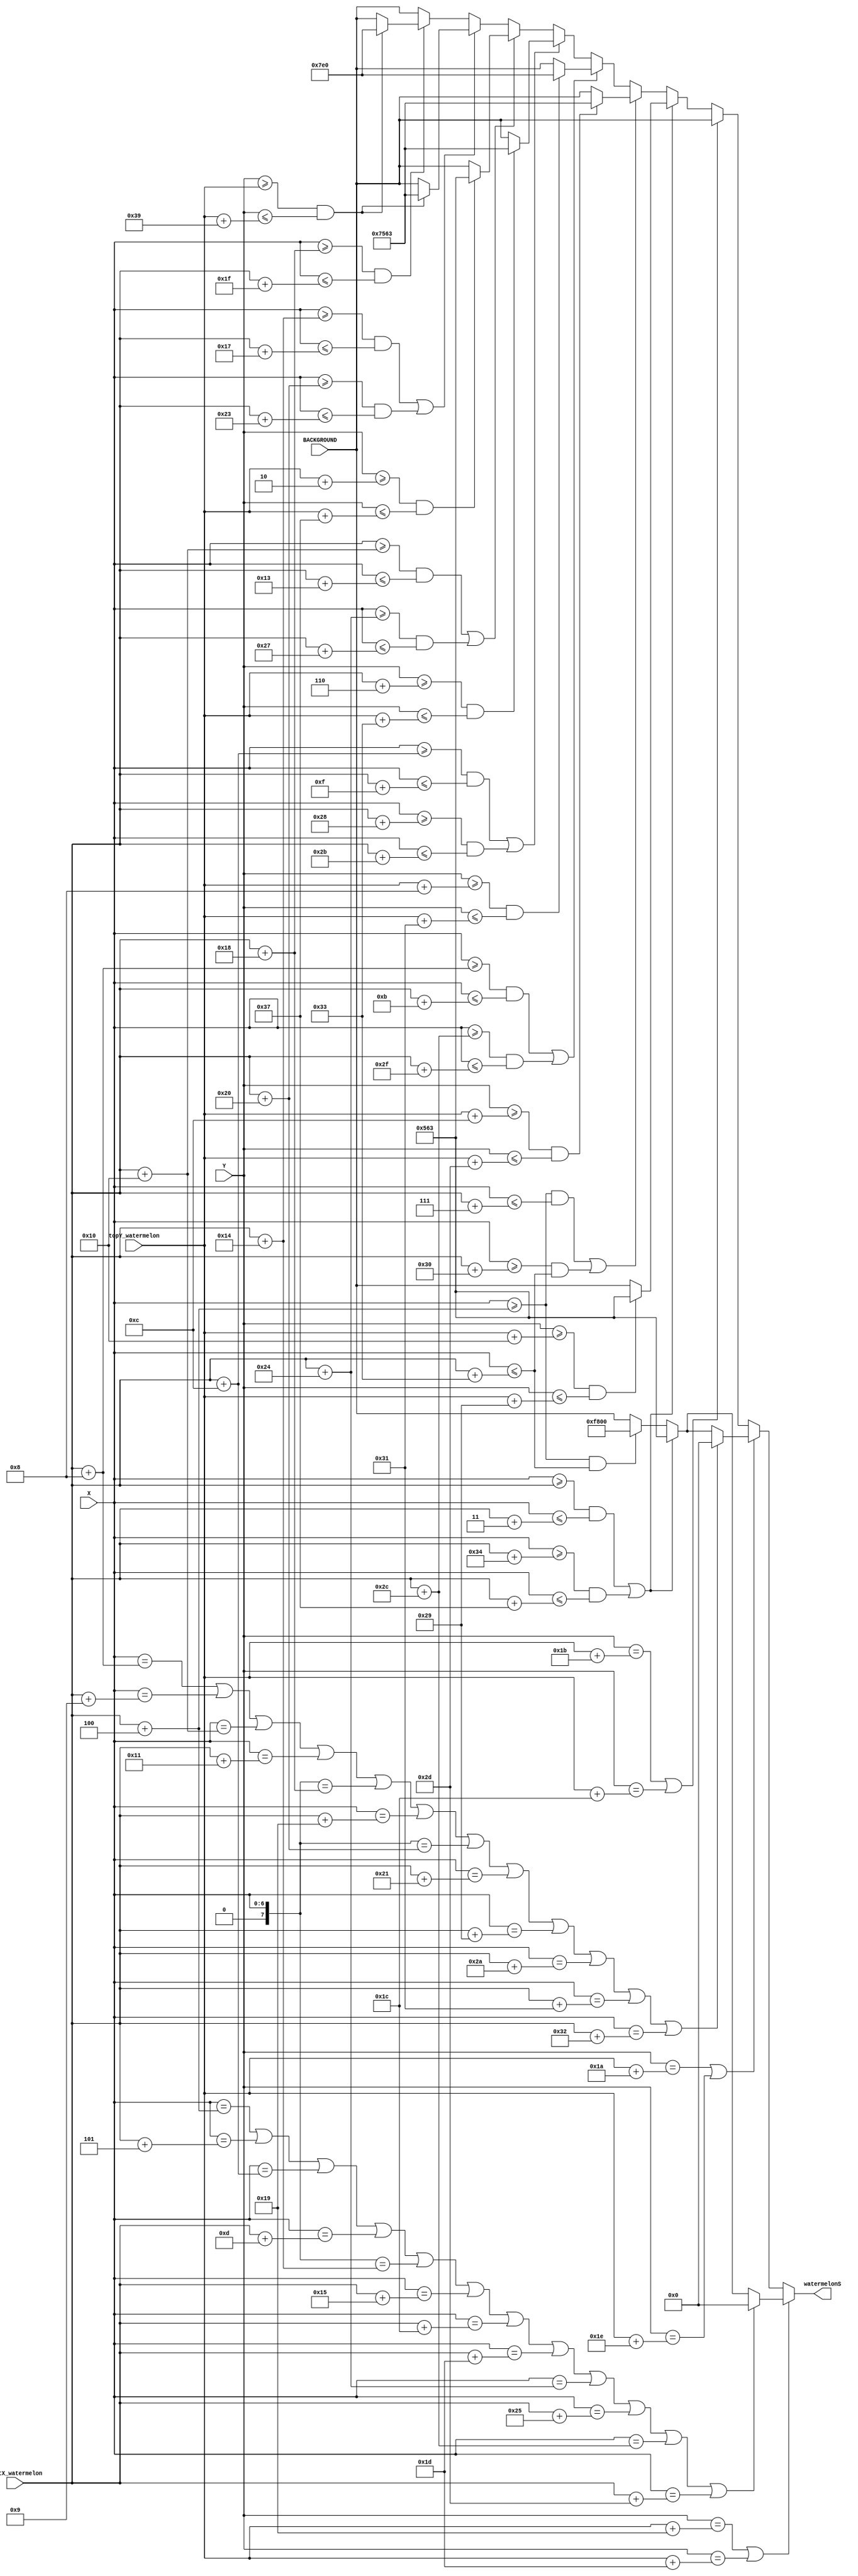
`timescale 1ns / 1ps
//////////////////////////////////////////////////////////////////////////////////
// Company: 
// Engineer: 
// 
// Design Name: 
// Module Name: watermelon_sliced
// Project Name: 
// Target Devices: 
// Tool Versions: 
// Description: 
// 
// Dependencies: 
// 
// Revision:
// Revision 0.01 - File Created
// Additional Comments:
// 
//////////////////////////////////////////////////////////////////////////////////


module watermelon_sliced(
    input [6:0] X,
    input [5:0] Y,
    input [6:0] leftX_watermelon,
    input [5:0] topY_watermelon,
    input [15:0] BACKGROUND,
    output reg [15:0]watermelonS = 16'd0
    );

    parameter [15:0]AVG_GREEN = 16'b00000_101011_00011;
    parameter [15:0]DARK_GREEN = 16'b01110_101011_00011;
    parameter [15:0]LIGHT_GREEN = 16'b00000_111111_00000; 
    parameter [15:0]BLACK = 16'b00000_000000_00000;
    parameter [15:0]RED = 16'b11111_000000_00000;
    
    always @ (X or Y)
    begin
        if ((Y == (topY_watermelon + 25)) || (Y == (topY_watermelon + 29)))
            begin
                if ((X == (leftX_watermelon + 4)) || (X == (leftX_watermelon + 5)) || (X == (leftX_watermelon + 12)) || (X == (leftX_watermelon + 13)) || (X == (leftX_watermelon + 20)) || (X == (leftX_watermelon + 21)) || (X == (leftX_watermelon + 28)) || (X == (leftX_watermelon + 29)) || (X == (leftX_watermelon + 36)) || (X == (leftX_watermelon + 37)) || (X == (leftX_watermelon + 44)) || (X == (leftX_watermelon + 45)))
                    watermelonS = BLACK;
                else if (((X >= leftX_watermelon) && (X <= (leftX_watermelon + 3))) || ((X >= (leftX_watermelon + 52)) && (X <= (leftX_watermelon + 55))))
                    watermelonS = AVG_GREEN;
                else if ((X >= (leftX_watermelon + 4)) && (X <= (leftX_watermelon + 51)))
                    watermelonS = RED;
                else
                    watermelonS = BACKGROUND;
            end
        else if ((Y == (topY_watermelon + 26)) || (Y == (topY_watermelon + 30)))
            begin
                if ((X == (leftX_watermelon + 8)) || (X == (leftX_watermelon + 9)) || (X == (leftX_watermelon + 16)) || (X == (leftX_watermelon + 17)) || (X == (leftX_watermelon + 24)) || (X == (leftX_watermelon + 25)) || (X == (leftX_watermelon + 32)) || (X == (leftX_watermelon + 33)) || (X == (leftX_watermelon + 41)) || (X == (leftX_watermelon + 42)) || (X == (leftX_watermelon + 49)) || (X == (leftX_watermelon + 50)))
                    watermelonS = BLACK;
                else if (((X >= leftX_watermelon) && (X <= (leftX_watermelon + 3))) || ((X >= (leftX_watermelon + 52)) && (X <= (leftX_watermelon + 55))))
                    watermelonS = AVG_GREEN;
                else if ((X >= (leftX_watermelon + 4)) && (X <= (leftX_watermelon + 51)))
                    watermelonS = RED;
                else
                    watermelonS = BACKGROUND;
            end
        else if ((Y == (topY_watermelon + 27)) || (Y == (topY_watermelon + 28)))
                watermelonS = BACKGROUND; 
        else if (((X >= leftX_watermelon) && (X <= (leftX_watermelon + 3))) || ((X >= (leftX_watermelon + 52)) && (X <= (leftX_watermelon + 55))))
            begin
            if ((Y >= (topY_watermelon + 16)) && (Y <= (topY_watermelon + 41)))
                watermelonS = AVG_GREEN;
            else
                watermelonS = BACKGROUND;
            end
            
        else if (((X >= (leftX_watermelon + 4)) && (X <= (leftX_watermelon + 7))) || ((X >= (leftX_watermelon + 48)) && (X <= (leftX_watermelon + 51))))
            begin
            if ((Y >= (topY_watermelon + 12)) && (Y <= (topY_watermelon + 45)))
                watermelonS = DARK_GREEN;
            else
                watermelonS = BACKGROUND;
            end
            
        else if (((X >= (leftX_watermelon + 8)) && (X <= (leftX_watermelon + 11))) || ((X >= (leftX_watermelon + 44)) && (X <= (leftX_watermelon + 47))))
                begin
                if ((Y >= (topY_watermelon + 8)) && (Y <= (topY_watermelon + 49)))
                    watermelonS = LIGHT_GREEN;
                else
                    watermelonS = BACKGROUND;
                end

        else if (((X >= (leftX_watermelon + 12)) && (X <= (leftX_watermelon + 15))) || ((X >= (leftX_watermelon + 40)) && (X <= (leftX_watermelon + 43))))
                begin
                if ((Y >= (topY_watermelon + 6)) && (Y <= (topY_watermelon + 51)))
                    watermelonS = DARK_GREEN;
                else
                    watermelonS = BACKGROUND;
                end

        else if (((X >= (leftX_watermelon + 16)) && (X <= (leftX_watermelon + 19))) || ((X >= (leftX_watermelon + 36)) && (X <= (leftX_watermelon + 39))))
                begin
                if ((Y >= (topY_watermelon + 2)) && (Y <= (topY_watermelon + 55)))
                    watermelonS = AVG_GREEN;
                else
                    watermelonS = BACKGROUND;
                end

        else if (((X >= (leftX_watermelon + 20)) && (X <= (leftX_watermelon + 23))) || ((X >= (leftX_watermelon + 32)) && (X <= (leftX_watermelon + 35))))
                begin
                if ((Y >= (topY_watermelon)) && (Y <= (topY_watermelon + 57)))
                    watermelonS = DARK_GREEN;
                else
                    watermelonS = BACKGROUND;
                end

        else if ((X >= (leftX_watermelon + 24)) && (X <= (leftX_watermelon + 31)))
                begin
                if ((Y >= (topY_watermelon)) && (Y <= (topY_watermelon + 57)))
                    watermelonS = LIGHT_GREEN;
                else
                    watermelonS = BACKGROUND;
                end
        
        else 
            watermelonS = BACKGROUND;
    end    
    
endmodule